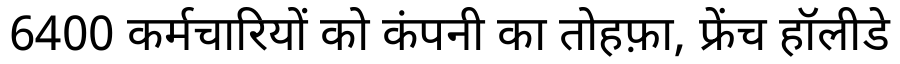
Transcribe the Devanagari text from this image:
6400 कर्मचारियों को कंपनी का तोहफ़ा, फ्रेंच हॉलीडे